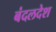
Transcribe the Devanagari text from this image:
बंदलदेश